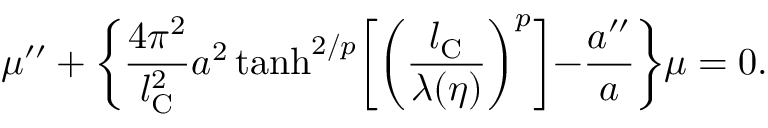
\mu ^ { \prime \prime } + \biggl \{ \frac { 4 \pi ^ { 2 } } { l _ { \mathrm { C } } ^ { 2 } } a ^ { 2 } \operatorname { t a n h } ^ { 2 / p } \biggl [ \biggl ( \frac { l _ { \mathrm { C } } } { \lambda ( \eta ) } \biggr ) ^ { p } \biggl ] - \frac { a ^ { \prime \prime } } { a } \biggr \} \mu = 0 .